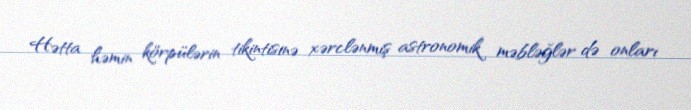
Hətta həmin körpülərin tikintisinə xərclənmiş astronomik məbləğlər də onları